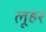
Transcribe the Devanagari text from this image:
लूहर